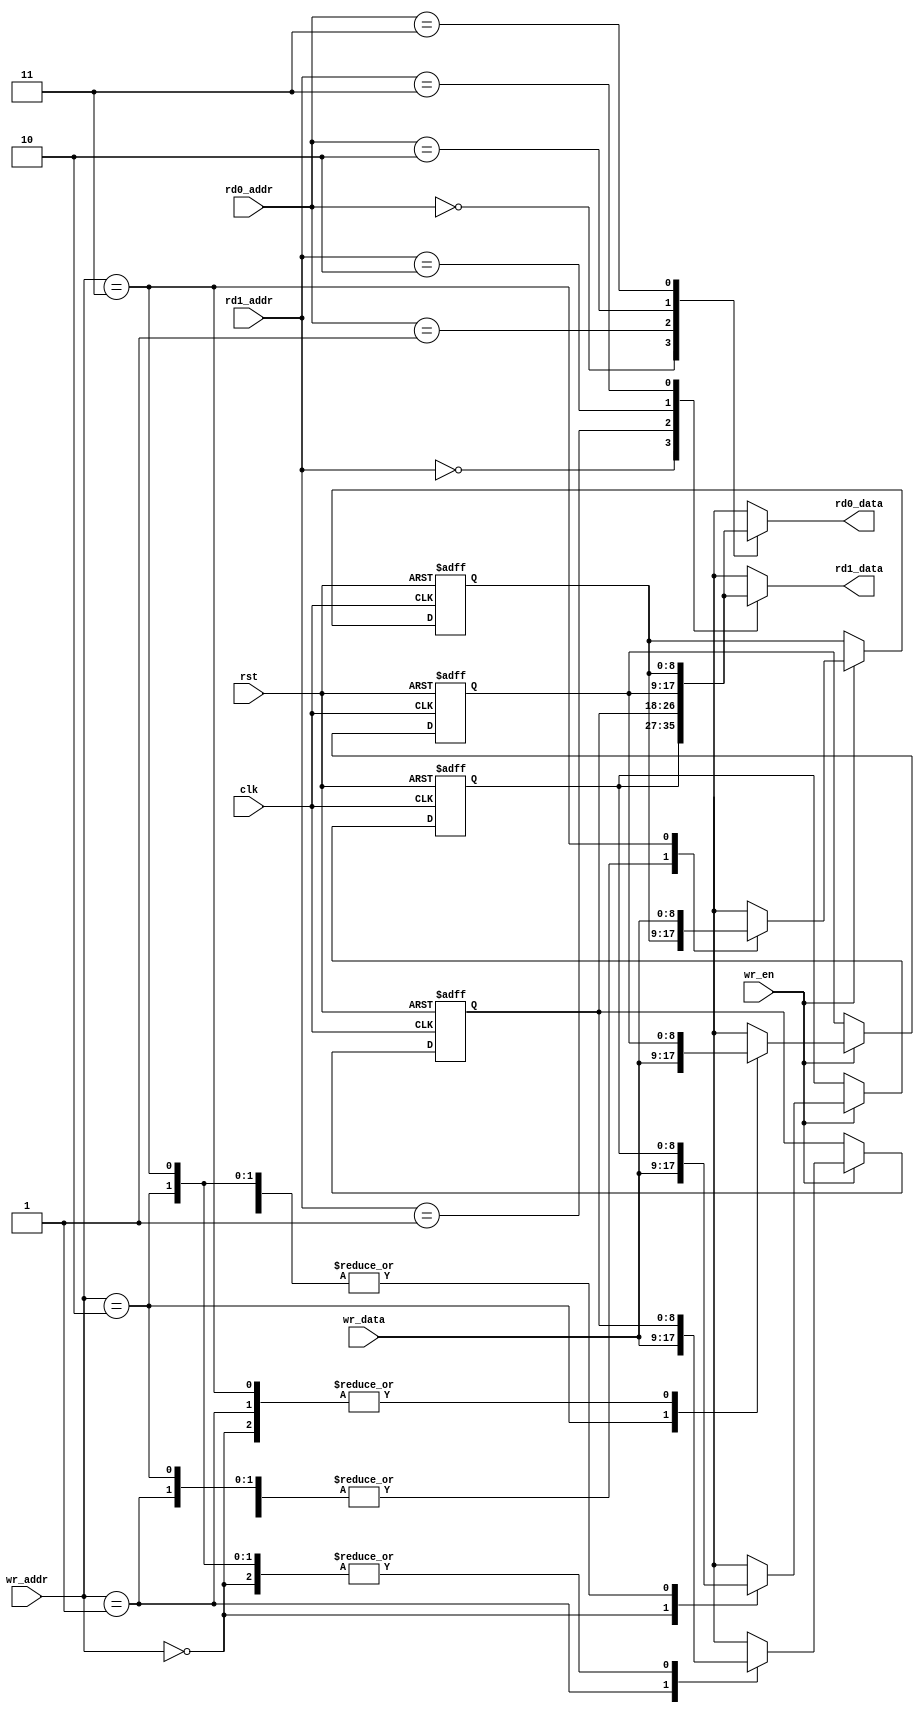
module reg_file_4(rst, clk, wr_en, rd0_addr, rd1_addr, wr_addr, wr_data,
	rd0_data, rd1_data);
	input rst, clk, wr_en;
	input [1:0] rd0_addr, rd1_addr, wr_addr;
	input signed [8:0] wr_data;
	output signed [8:0] rd0_data, rd1_data;
	integer i;
	reg signed [8:0] registers [3:0];
	assign rd0_data = registers[rd0_addr];
	assign rd1_data = registers[rd1_addr];
	always@(posedge clk, posedge rst) begin
		if(rst) for(i = 0; i < 4; i=i+1) registers[i] = 0;
		else if(wr_en) registers[wr_addr] = wr_data;
	end
endmodule